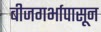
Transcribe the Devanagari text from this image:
बीजगर्भापासून